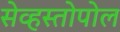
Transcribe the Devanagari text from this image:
सेव्हस्तोपोल